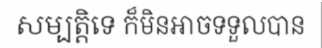
សម្បត្តិទេ ក៏មិនអាចទទួលបាន